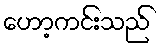
ဟော့ကင်းသည်